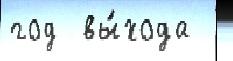
год  вы́хода